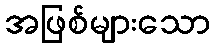
အဖြစ်များသော